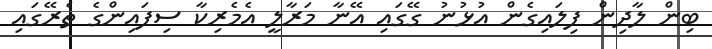
ބިން ލާދިން ފިލައިގެން އުޅުނު ގޭގައި އޭނާ މަރާލީ އެމެރިކާ ސިފައިންގެ ތެރޭގައި